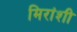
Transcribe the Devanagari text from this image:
मिरांशी